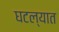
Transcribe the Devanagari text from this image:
घटल्यात